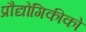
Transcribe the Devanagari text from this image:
प्रौद्योगिकीको